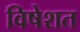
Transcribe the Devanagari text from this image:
विषेशत